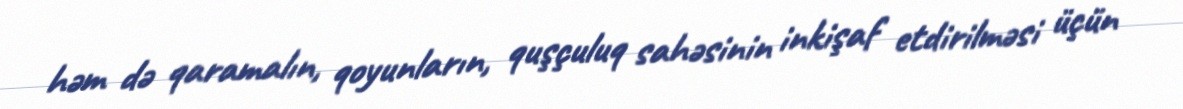
həm də qaramalın, qoyunların, quşçuluq sahəsinin inkişaf etdirilməsi üçün